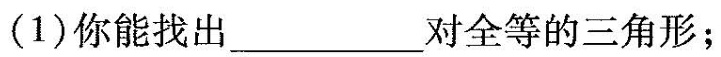
(1)你能找出___对全等的三角形；